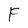
Character: F